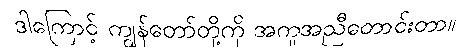
ဒါကြောင့် ကျွန်တော်တို့ကို အကူအညီတောင်းတာ။